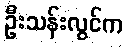
ဦးသန်းလွင်က